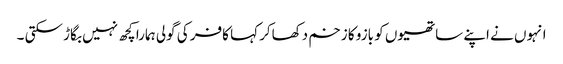
انہوں نے اپنے ساتھیوں کو بازو کا زخم دکھاکر کہا کافر کی گولی ہمارا کچھ نہیں بگاڑ سکتی ۔